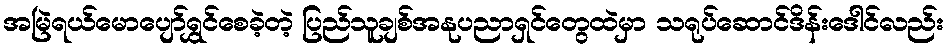
အမြဲရယ်မောပျော်ရွှင်စေခဲ့တဲ့ ပြည်သူချစ်အနုပညာရှင်တွေထဲမှာ သရုပ်ဆောင်ဒိန်းဒေါင်လည်း